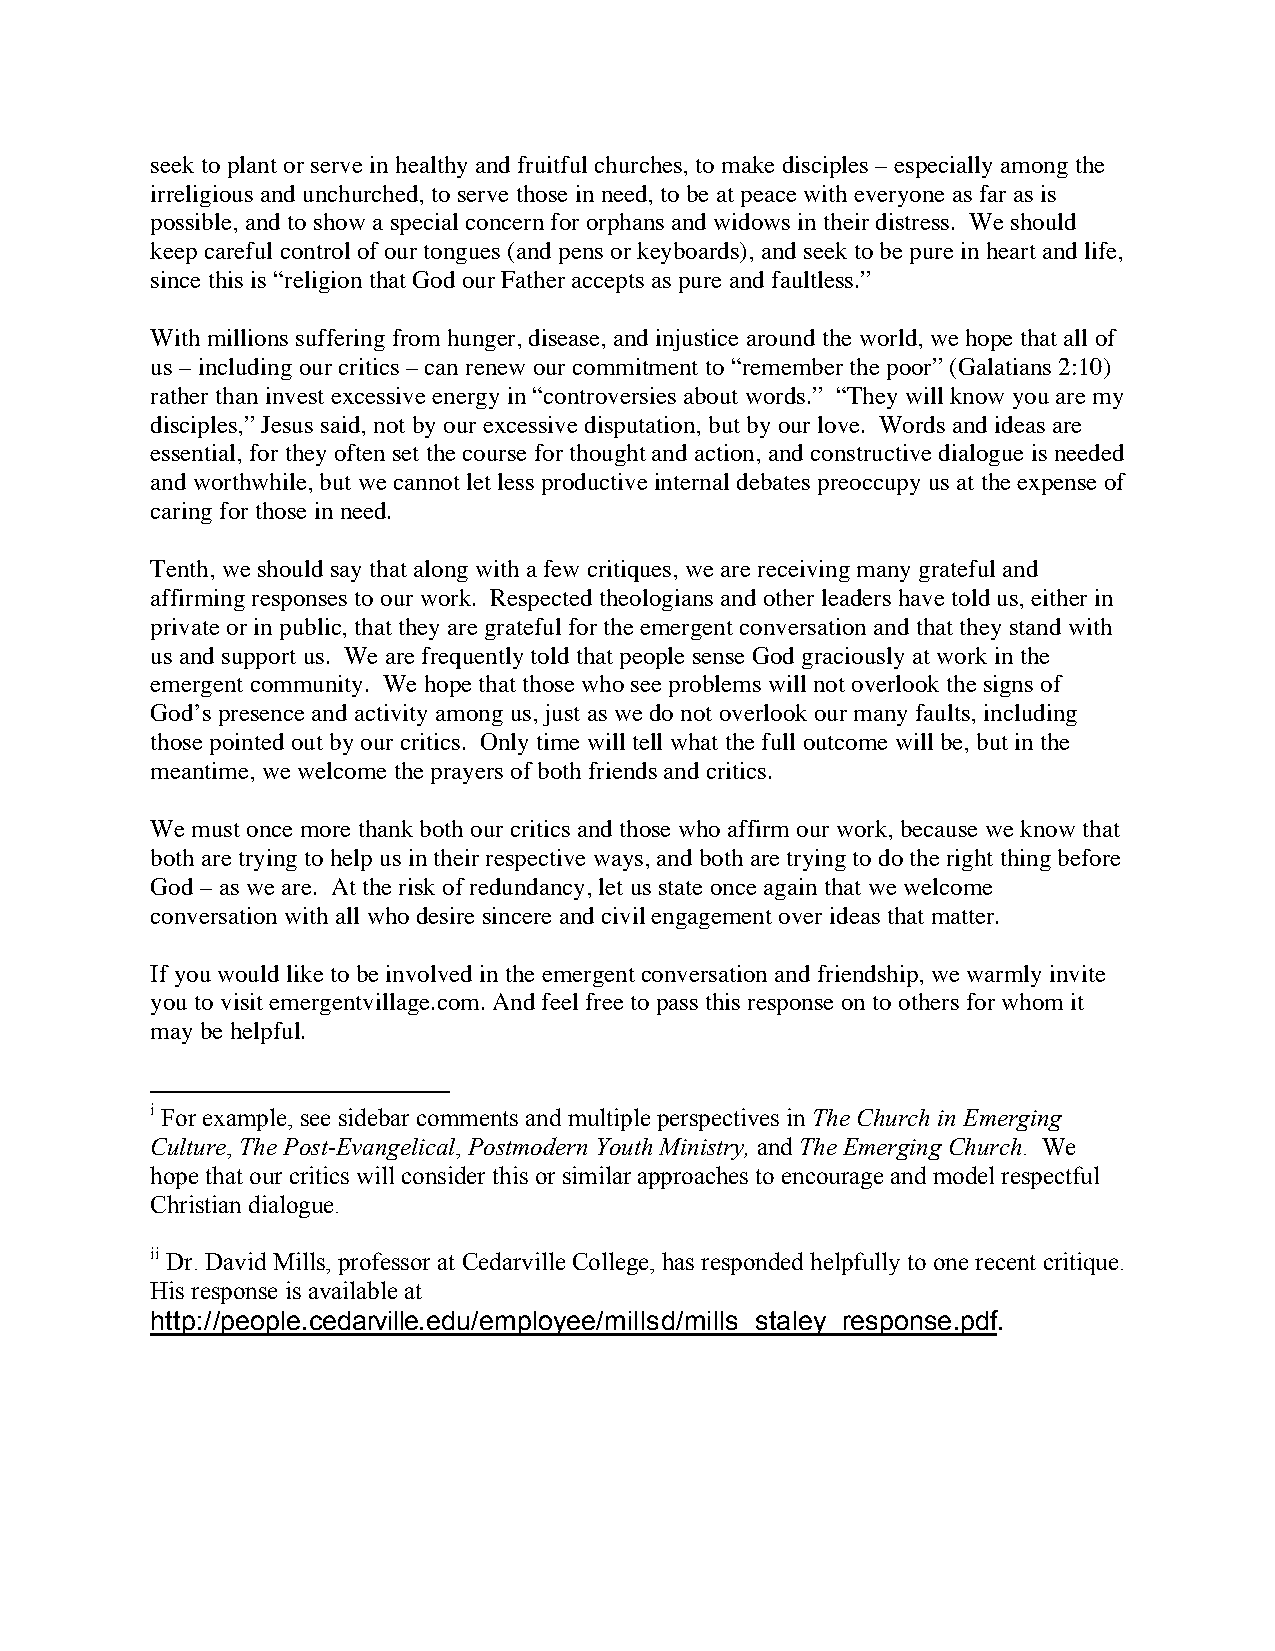
seek to plant or serve in healthy and fruitful churches, to make disciples – especially among the
 irreligious and unchurched, to serve those in need, to be at peace with everyone as far as is
 possible, and to show a special concern for orphans and widows in their distress. We should
 keep careful control of our tongues (and pens or keyboards), and seek to be pure in heart and life,
 since this is “religion that God our Father accepts as pure and faultless.”
 With millions suffering from hunger, disease, and injustice around the world, we hope that all of
 us – including our critics – can renew our commitment to “remember the poor” (Galatians 2:10)
 rather than invest excessive energy in “controversies about words.” “They will know you are my
 disciples,” Jesus said, not by our excessive disputation, but by our love. Words and ideas are
 essential, for they often set the course for thought and action, and constructive dialogue is needed
 and worthwhile, but we cannot let less productive internal debates preoccupy us at the expense of
 caring for those in need.
 Tenth, we should say that along with a few critiques, we are receiving many grateful and
 affirming responses to our work. Respected theologians and other leaders have told us, either in
 private or in public, that they are grateful for the emergent conversation and that they stand with
 us and support us. We are frequently told that people sense God graciously at work in the
 emergent community. We hope that those who see problems will not overlook the signs of
 God’s presence and activity among us, just as we do not overlook our many faults, including
 those pointed out by our critics. Only time will tell what the full outcome will be, but in the
 meantime, we welcome the prayers of both friends and critics.
 We must once more thank both our critics and those who affirm our work, because we know that
 both are trying to help us in their respective ways, and both are trying to do the right thing before
 God – as we are. At the risk of redundancy, let us state once again that we welcome
 conversation with all who desire sincere and civil engagement over ideas that matter.
 If you would like to be involved in the emergent conversation and friendship, we warmly invite
 you to visit emergentvillage.com. And feel free to pass this response on to others for whom it
 may be helpful.
 i For example, see sidebar comments and multiple perspectives in The Church in Emerging
 Culture, The Post-Evangelical, Postmodern Youth Ministry, and The Emerging Church. We
 hope that our critics will consider this or similar approaches to encourage and model respectful
 Christian dialogue.
 ii Dr. David Mills, professor at Cedarville College, has responded helpfully to one recent critique.
 His response is available at
 http://people.cedarville.edu/employee/millsd/mills_staley_response.pdf.